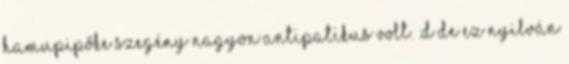
Hamupipőke szegény nagyon antipatikus volt. :D De ez nyilván